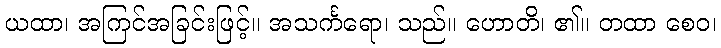
ယထာ၊ အကြင်အခြင်းဖြင့်။ အသင်္ကရော၊ သည်။ ဟောတိ၊ ၏။ တထာ စေဝ၊